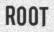
ROOT